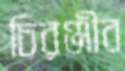
চিরঞ্জীব